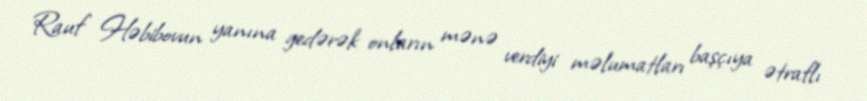
Rauf Həbibovun yanına gedərək onların mənə verdiyi məlumatları başçıya ətraflı